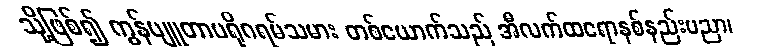
သို့ဖြစ်၍ ကွန်ပျူတာပရိုဂရမ်သမား တစ်ယောက်သည် အီလက်ထရောနစ်နည်းပညာ၊